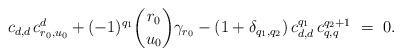
LaTeX: \begin{align*}c_{d,d}{\,}c_{r_0,u_0}^d+(-1)^{q_1}{r_0\choose u_0}\gamma_{r_0}-(1+\delta_{q_1,q_2}){\,}c_{d,d}^{q_1}{\,}c_{q,q}^{q_2+1}~=~ 0.\end{align*}